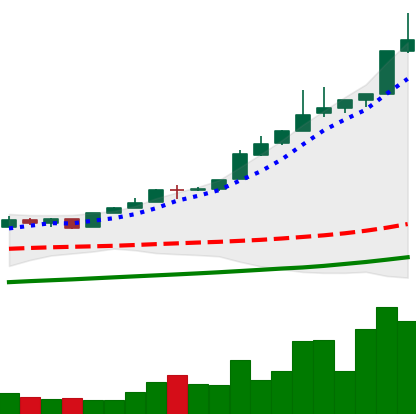
Ticker: BTC-USD
Chart end date: 2017-05-09
Forward return: 3.051%
Label: up_3_5